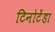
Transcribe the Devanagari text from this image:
टिनोटेंडा